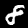
Label: 8